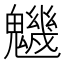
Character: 魕